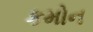
કમોન